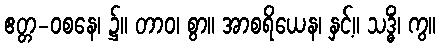
ဧတ္တ-ဝစနေ၊ ၌။ တာဝ၊ စွာ။ အာစရိယေန၊ နှင့်။ သဒ္ဓိံ၊ ကွ။